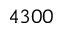
4 3 0 0